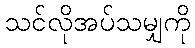
သင်လိုအပ်သမျှကို